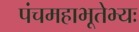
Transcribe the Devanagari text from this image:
पंचमहाभूतेभ्यः